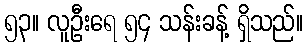
၅၃။ လူဦးရေ ၅၄ သန်းခန့် ရှိသည်။